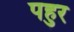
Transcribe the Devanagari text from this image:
पहुर